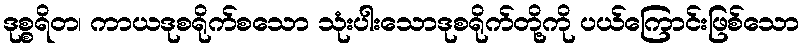
ဒုစ္စရိတ၊ ကာယဒုစရိုက်စသော သုံးပါးသောဒုစရိုက်တို့ကို ပယ်ကြောင်းဖြစ်သော